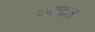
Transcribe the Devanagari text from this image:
ज्यादात